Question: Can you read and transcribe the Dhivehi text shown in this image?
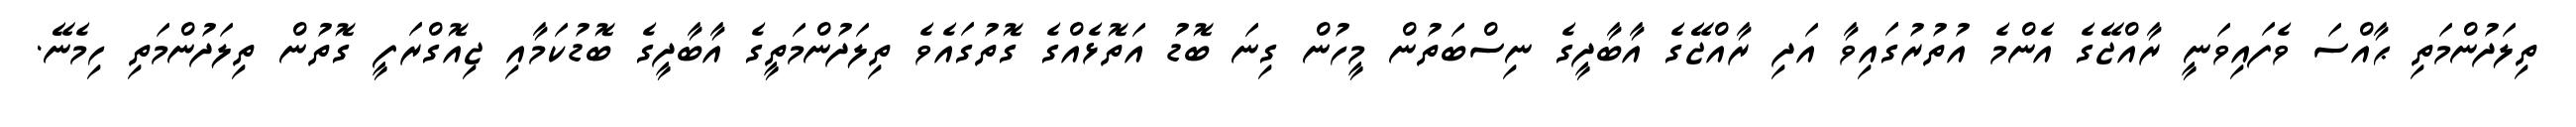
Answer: ތިލަދުންމަތި ޙާއްސަ ވެފައިވަނީ ރާއްޖޭގެ އެންމެ އުތުރުގައިވާ އަދި ރާއްޖޭގެ އާބާދީގެ ނިސްބަތުން މީހުން ގިނަ ބޮޑު އަތޮޅެއްގެ ގޮތުގައެވެ ތިލަދުންމަތީގެ އާބާދީގެ ބޮޑުކަމާއި ޖިއޮގްރަފީ ގޮތުން ތިލަދުންމަތި ހިމެނޭ.